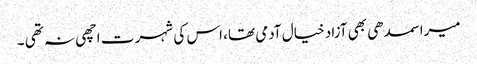
میرا سمدھی بھی آزاد خیال آدمی تھا، اس کی شہر ت اچھی نہ تھی ۔